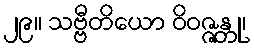
၂၉။ သဗ္ဗီတိယော ဝိဝဇ္ဇန္တု၊